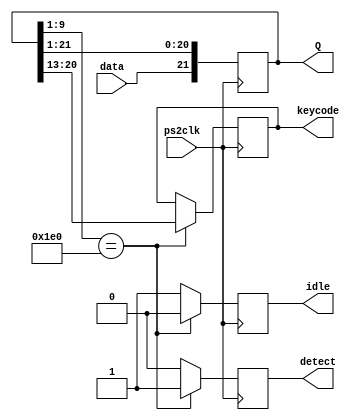
module shifter22(ps2clk,data,Q,keycode,detect,idle);
input ps2clk;
input data;
output reg[21:0]Q;
output reg[7:0]keycode;
output reg detect;
output reg idle;


initial begin
Q = 22'b1000000000000000000000;
keycode = 0;
detect = 0;
idle = 1;
end

always @(negedge ps2clk)
    begin
		Q = {data,Q[21:1]};
		if (Q[8:0] == 9'b111100000)
		begin
			keycode <= Q[19:12];
            detect <= 1;
			idle <= 0;
		end
		else begin
			keycode <= keycode;
			detect <= 0;
			idle <= 1;
		end
	end
	
//assign detect = (Q[8:1] == 8'hF0) ? 0 : 1;

endmodule